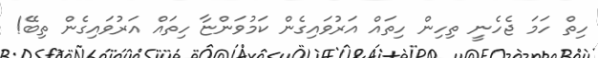
ހިތް ހަމަ ޖެހެނީ ތިހިން ހިތައް އަރުވައިގެން ކަމުވަންޏާ ހިތައް އަރުވައިގެން ތިބޭ!